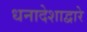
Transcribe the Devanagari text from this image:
धनादेशाद्वारे